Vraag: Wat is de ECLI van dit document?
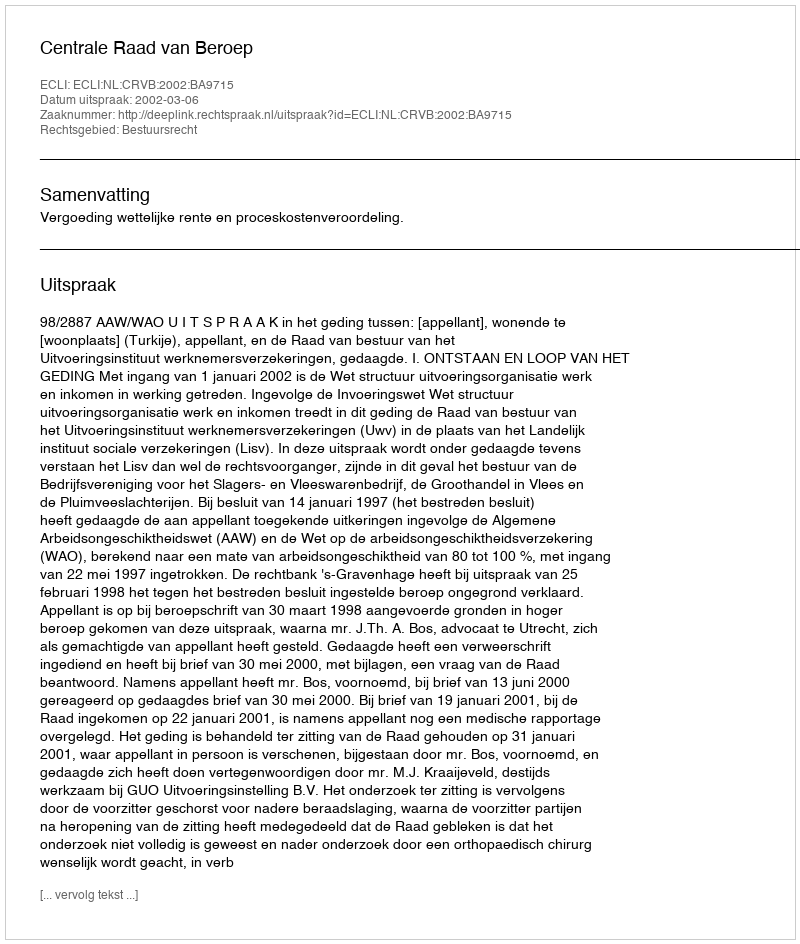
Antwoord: ECLI:NL:CRVB:2002:BA9715